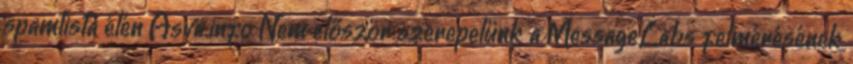
spamlista élén Asva.info Nem először szerepelünk a MessageLabs felmérésének